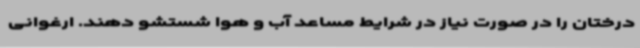
درختان را در صورت نیاز در شرایط مساعد آب و هوا شستشو دهند. ارغوانی